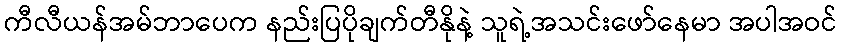
ကီလီယန်အမ်ဘာပေက နည်းပြပိုချက်တီနိုနဲ့ သူရဲ့အသင်းဖော်နေမာ အပါအဝင်